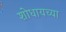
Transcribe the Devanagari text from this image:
शोधायच्या